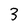
Character: 3